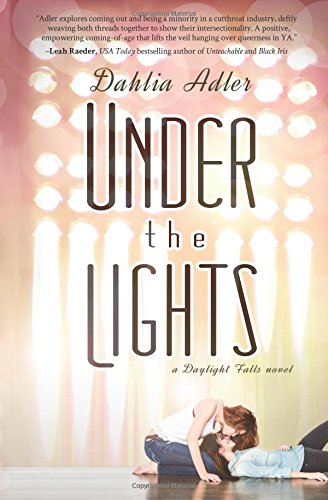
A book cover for Under the Lights: A Daylight Falls Novel; Dahlia Adler; Teen & Young Adult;